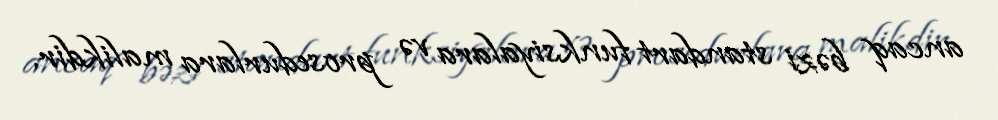
ancaq bəzi standart funksiyalara və prosedurlara malikdir.